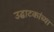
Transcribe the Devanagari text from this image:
उद्घाटकांच्या